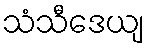
သံသီဒေယျ